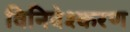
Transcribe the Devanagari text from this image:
विनिवेश्करण